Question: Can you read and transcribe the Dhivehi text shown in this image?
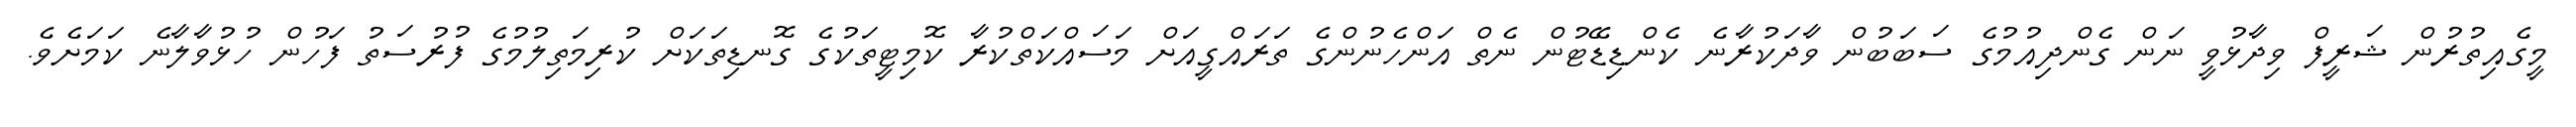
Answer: މީގެއިތުރުން ޝަރީފް ވިދާޅުވީ ނަން ގެންދިއުމުގެ ސަބަބުން ވާދަކުރާނެ ކެންޑިޑޭޓުން ނެތް އަންހެނުންގެ ތަރައްގީއަށް މަސައްކަތްކުރާ ކޮމިޓީތަކުގެ ގޮނޑިތަކަށް ކުރިމަތިލުމުގެ ފުރުސަތު ފަހުން ހުޅުވާލާނެ ކަމަށެވެ.